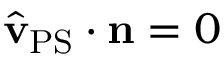
\hat { \mathbf { v } } _ { \mathrm { P S } } \cdot \mathbf { n } = 0